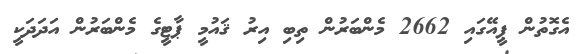
އެގޮތުން ޕީއޭގައި 2662 މެންބަރުން ތިބި އިރު ޤައުމީ ޕާޓީގެ މެންބަރުން އަދަދަކީ